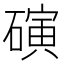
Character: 𬒞